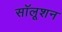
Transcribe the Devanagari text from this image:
सॉलूशन